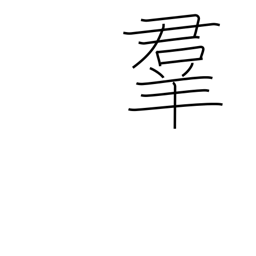
Meaning: crowd